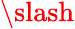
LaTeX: \slash